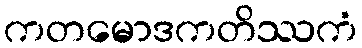
ကတမောဒကတိဿကံ